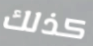
كذلك